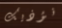
نؤذيك